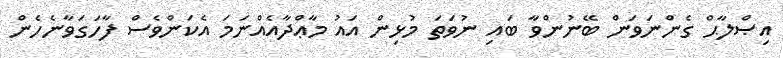
އިޞްލާޙް ގެންނަވަން ބޭނުންވާ ބައި ނުވަތަ މުޅިން އައު މާޢްދާއެއްނަމަ އެކަންވެސް ފާހަގަވާނެހެން